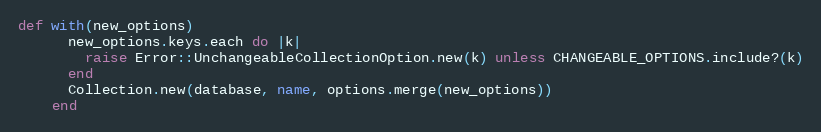
Language: Ruby
def with(new_options)
      new_options.keys.each do |k|
        raise Error::UnchangeableCollectionOption.new(k) unless CHANGEABLE_OPTIONS.include?(k)
      end
      Collection.new(database, name, options.merge(new_options))
    end